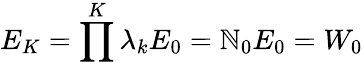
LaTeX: E_{K}=\prod^{K}\lambda_{k}E_{0}=\mathbb{N}_{0}E_{0}=W_{0}